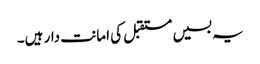
یہ بسیں مستقبل کی امانت دار ہیں۔